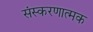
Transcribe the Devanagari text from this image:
संस्करणात्मक